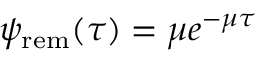
\psi _ { \mathrm { r e m } } ( \tau ) = \mu e ^ { - \mu \tau }